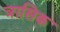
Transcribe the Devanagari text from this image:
त्रासिक